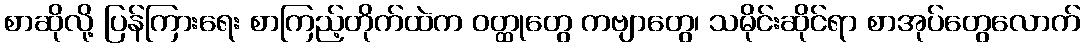
စာဆိုလို့ ပြန်ကြားရေး စာကြည့်တိုက်ထဲက ဝတ္ထုတွေ ကဗျာတွေ၊ သမိုင်းဆိုင်ရာ စာအုပ်တွေလောက်